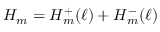
H _ { m } = H _ { m } ^ { + } ( \ell ) + H _ { m } ^ { - } ( \ell )